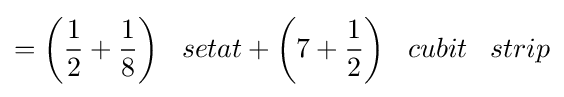
={\bigg (}{\frac {1}{2}}+{\frac {1}{8}}{\bigg )}\;\;\;setat+{\bigg (}7+{\frac {1}{2}}{\bigg )}\;\;\;cubit\;\;\;strip